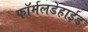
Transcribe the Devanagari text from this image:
फॉर्मलडेहाईड